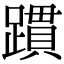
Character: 躀